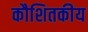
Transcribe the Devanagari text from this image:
कौशितकीय